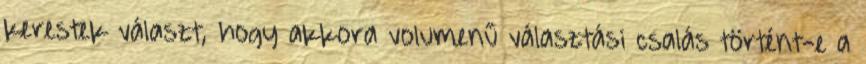
kerestek választ, hogy akkora volumenű választási csalás történt-e a